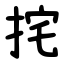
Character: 挓